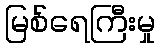
မြစ်ရေကြီးမှု